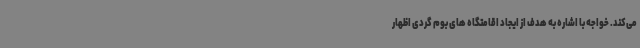
می‌کند. خواجه با اشاره به هدف از ایجاد اقامتگاه های بوم گردی اظهار